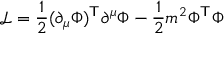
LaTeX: \ { \mathcal { L } } = { \frac { 1 } { 2 } } ( \partial _ { \mu } \Phi ) ^ { \mathsf { T } } \partial ^ { \mu } \Phi - { \frac { 1 } { 2 } } m ^ { 2 } \Phi ^ { \mathsf { T } } \Phi